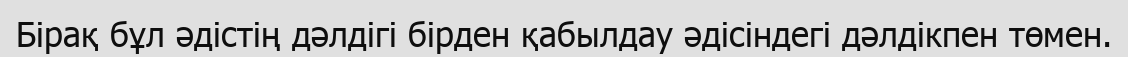
Бірақ бұл әдістің дәлдігі бірден қабылдау әдісіндегі дәлдікпен төмен.